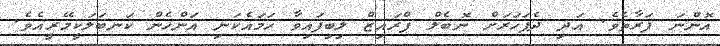
އޮންނަ ފަރާތެވެ. އަދި ދެފަހަރަށް ނޮބެލް ޕްރައިޒް ލިބިފައިވާ ހަމައެކަނި އަންހެން ކަނބަލަކީމޭރީއެވެ.